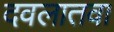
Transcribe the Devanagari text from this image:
दवलातवा